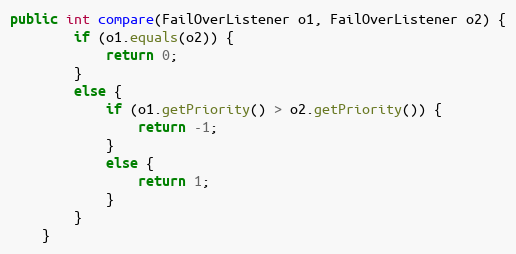
Language: Java
public int compare(FailOverListener o1, FailOverListener o2) {
		if (o1.equals(o2)) {
			return 0;
		}
		else {
			if (o1.getPriority() > o2.getPriority()) {
				return -1;
			}
			else {
				return 1;
			}
		}
	}